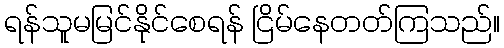
ရန်သူမမြင်နိုင်စေရန် ငြိမ်နေတတ်ကြသည်။